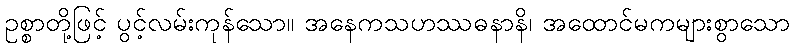
ဥစ္စာတို့ဖြင့် ပွင့်လမ်းကုန်သော။ အနေကသဟဿဓနာနိ၊ အထောင်မကများစွာသော